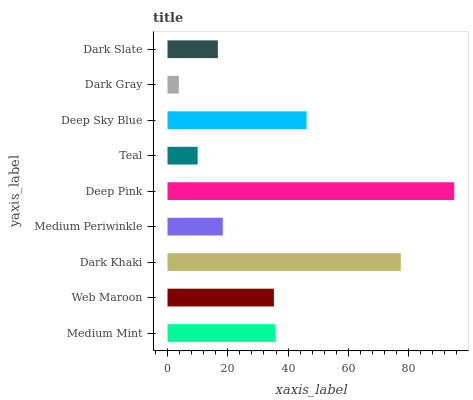
| yaxis_label | bars |
 | --- | --- |
 | Medium Mint | 35.8 |
 | Web Maroon | 35.3 |
 | Dark Khaki | 77.4 |
 | Medium Periwinkle | 18.3 |
 | Deep Pink | 95.1 |
 | Teal | 10 |
 | Deep Sky Blue | 46.1 |
 | Dark Gray | 3.75 |
 | Dark Slate | 16.7 |